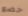
خضع